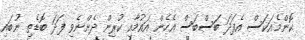
ކޮންމެއަކަސް އެފަދަ ބަސްބަސް އެހެން އައުމާއި ކުރިން ދެންނެވި ފަދަ ބޮޑެތި ނުބައި